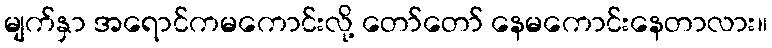
မျက်နှာ အရောင်ကမကောင်းလို့ တော်တော် နေမကောင်းနေတာလား။